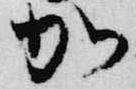
加